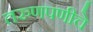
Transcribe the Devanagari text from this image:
तरुणपणीचे